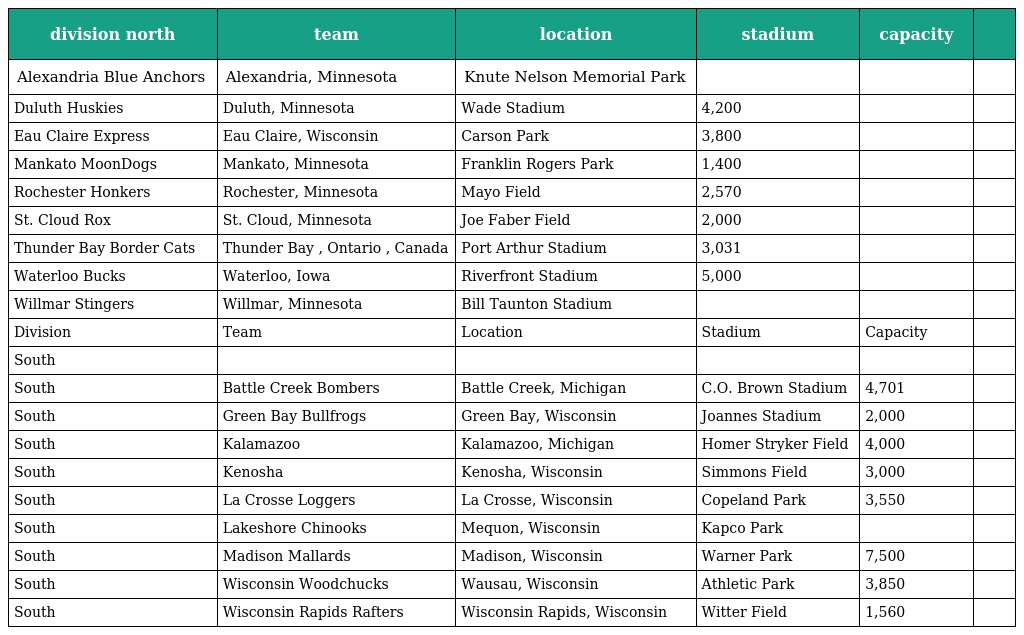
| division north | team | location | stadium | capacity |  |
 | --- | --- | --- | --- | --- | --- |
 | Alexandria Blue Anchors | Alexandria, Minnesota | Knute Nelson Memorial Park |  |  |  |
 | Duluth Huskies | Duluth, Minnesota | Wade Stadium | 4,200 |  |  |
 | Eau Claire Express | Eau Claire, Wisconsin | Carson Park | 3,800 |  |  |
 | Mankato MoonDogs | Mankato, Minnesota | Franklin Rogers Park | 1,400 |  |  |
 | Rochester Honkers | Rochester, Minnesota | Mayo Field | 2,570 |  |  |
 | St. Cloud Rox | St. Cloud, Minnesota | Joe Faber Field | 2,000 |  |  |
 | Thunder Bay Border Cats | Thunder Bay , Ontario , Canada | Port Arthur Stadium | 3,031 |  |  |
 | Waterloo Bucks | Waterloo, Iowa | Riverfront Stadium | 5,000 |  |  |
 | Willmar Stingers | Willmar, Minnesota | Bill Taunton Stadium |  |  |  |
 | Division | Team | Location | Stadium | Capacity |  |
 | South |  |  |  |  |  |
 | South | Battle Creek Bombers | Battle Creek, Michigan | C.O. Brown Stadium | 4,701 |  |
 | South | Green Bay Bullfrogs | Green Bay, Wisconsin | Joannes Stadium | 2,000 |  |
 | South | Kalamazoo | Kalamazoo, Michigan | Homer Stryker Field | 4,000 |  |
 | South | Kenosha | Kenosha, Wisconsin | Simmons Field | 3,000 |  |
 | South | La Crosse Loggers | La Crosse, Wisconsin | Copeland Park | 3,550 |  |
 | South | Lakeshore Chinooks | Mequon, Wisconsin | Kapco Park |  |  |
 | South | Madison Mallards | Madison, Wisconsin | Warner Park | 7,500 |  |
 | South | Wisconsin Woodchucks | Wausau, Wisconsin | Athletic Park | 3,850 |  |
 | South | Wisconsin Rapids Rafters | Wisconsin Rapids, Wisconsin | Witter Field | 1,560 |  |